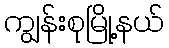
ကျွန်းစုမြို့နယ်